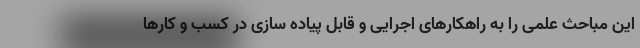
این مباحث علمی را به راهکارهای اجرایی و قابل پیاده سازی در کسب و کارها